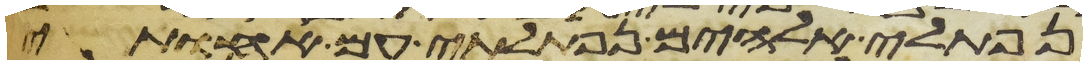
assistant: נפתלי אלהים נפתלתי עם אחותי